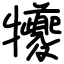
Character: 犪